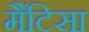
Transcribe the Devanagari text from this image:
मैंटिसा